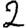
Digit: 2